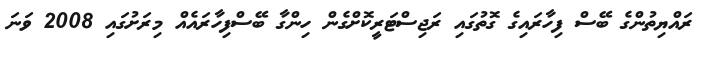
ރައްޔިތުންގެ ބޭސް ފިހާރައިގެ ގޮތުގައި ރަޖިސްޓަރީކޮށްގެން ހިންގާ ބޭސްފިހާރައެއް މިރަށުގައި 2008 ވަނަ